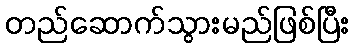
တည်ဆောက်သွားမည်ဖြစ်ပြီး